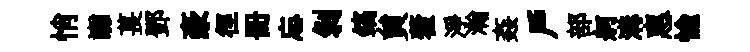
悄讟萇鄧豪徑册忘剥鎬貟藿淨瀚姦戸部舸溝惠愉